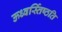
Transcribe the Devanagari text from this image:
ऊध्वर्स्तिष्ठति